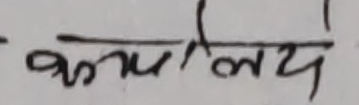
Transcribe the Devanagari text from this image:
कार्यालय